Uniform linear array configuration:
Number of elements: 12
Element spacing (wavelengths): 1
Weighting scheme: hamming
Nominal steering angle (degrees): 60
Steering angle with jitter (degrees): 61.764
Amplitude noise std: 0.05
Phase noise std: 0.05

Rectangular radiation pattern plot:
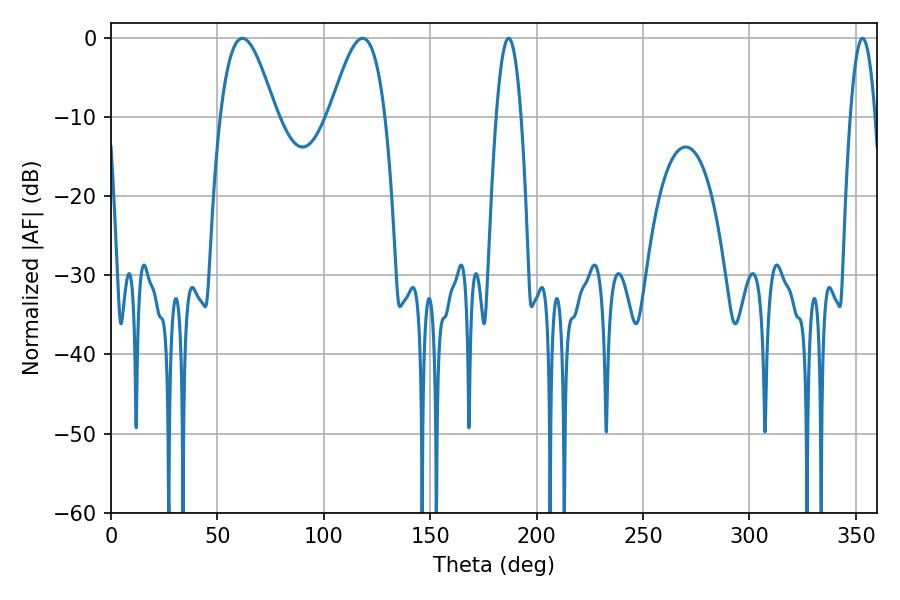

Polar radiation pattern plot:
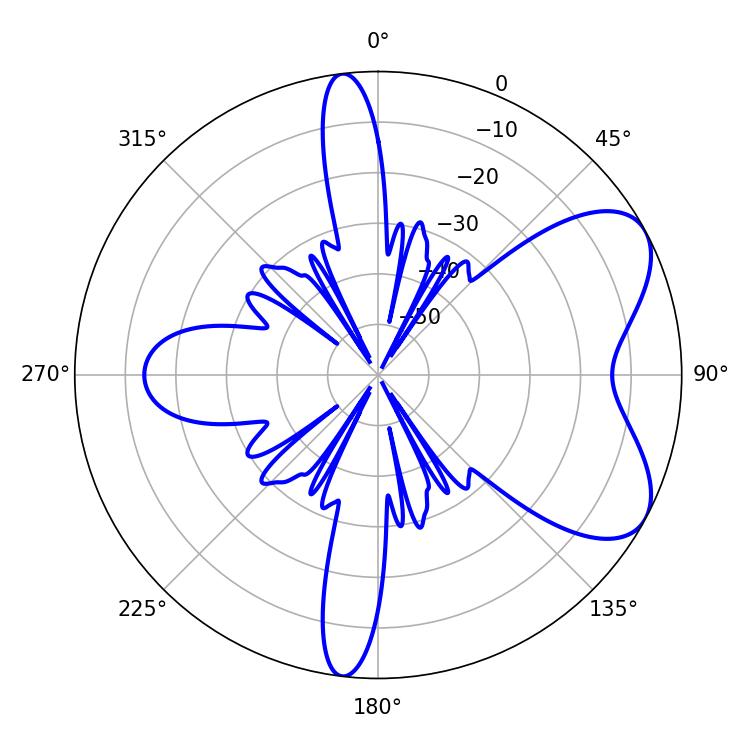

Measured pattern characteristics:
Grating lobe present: TRUE
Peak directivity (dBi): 6.463
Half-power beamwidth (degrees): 6.48
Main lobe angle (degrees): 186.84